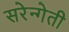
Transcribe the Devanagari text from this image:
सरेन्गेती